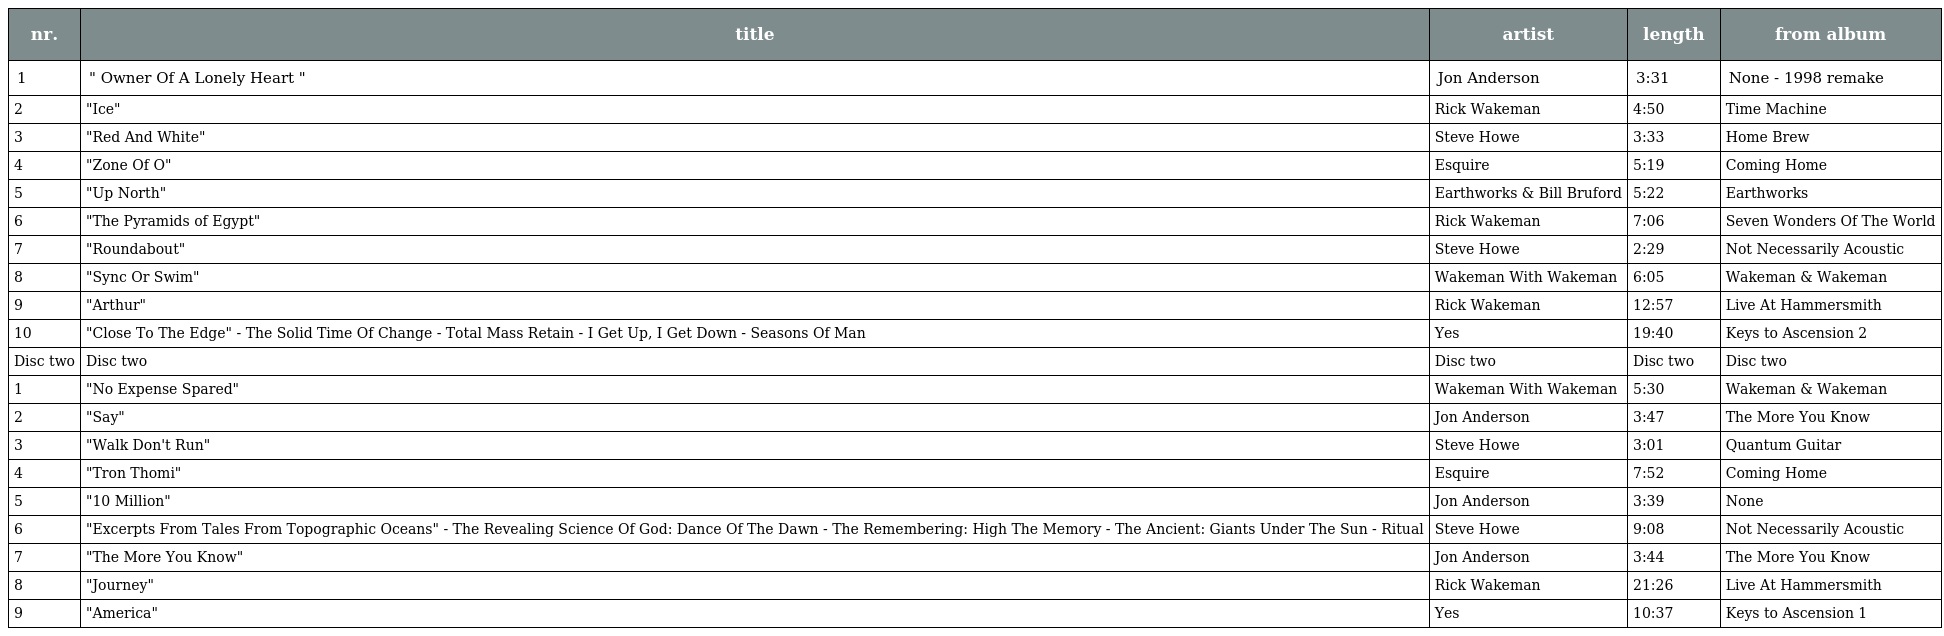
| nr. | title | artist | length | from album |
 | --- | --- | --- | --- | --- |
 | 1 | " Owner Of A Lonely Heart " | Jon Anderson | 3:31 | None - 1998 remake |
 | 2 | "Ice" | Rick Wakeman | 4:50 | Time Machine |
 | 3 | "Red And White" | Steve Howe | 3:33 | Home Brew |
 | 4 | "Zone Of O" | Esquire | 5:19 | Coming Home |
 | 5 | "Up North" | Earthworks & Bill Bruford | 5:22 | Earthworks |
 | 6 | "The Pyramids of Egypt" | Rick Wakeman | 7:06 | Seven Wonders Of The World |
 | 7 | "Roundabout" | Steve Howe | 2:29 | Not Necessarily Acoustic |
 | 8 | "Sync Or Swim" | Wakeman With Wakeman | 6:05 | Wakeman & Wakeman |
 | 9 | "Arthur" | Rick Wakeman | 12:57 | Live At Hammersmith |
 | 10 | "Close To The Edge" - The Solid Time Of Change - Total Mass Retain - I Get Up, I Get Down - Seasons Of Man | Yes | 19:40 | Keys to Ascension 2 |
 | Disc two | Disc two | Disc two | Disc two | Disc two |
 | 1 | "No Expense Spared" | Wakeman With Wakeman | 5:30 | Wakeman & Wakeman |
 | 2 | "Say" | Jon Anderson | 3:47 | The More You Know |
 | 3 | "Walk Don't Run" | Steve Howe | 3:01 | Quantum Guitar |
 | 4 | "Tron Thomi" | Esquire | 7:52 | Coming Home |
 | 5 | "10 Million" | Jon Anderson | 3:39 | None |
 | 6 | "Excerpts From Tales From Topographic Oceans" - The Revealing Science Of God: Dance Of The Dawn - The Remembering: High The Memory - The Ancient: Giants Under The Sun - Ritual | Steve Howe | 9:08 | Not Necessarily Acoustic |
 | 7 | "The More You Know" | Jon Anderson | 3:44 | The More You Know |
 | 8 | "Journey" | Rick Wakeman | 21:26 | Live At Hammersmith |
 | 9 | "America" | Yes | 10:37 | Keys to Ascension 1 |